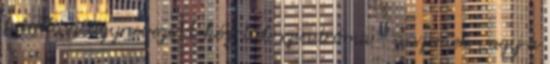
hámlása úgynevezett kéz-láb szindróma - a szemek vagy a